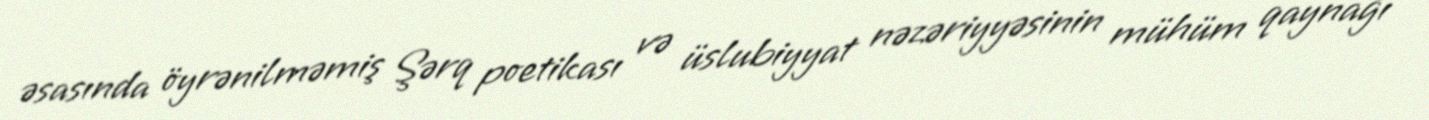
əsasında öyrənilməmiş Şərq poetikası və üslubiyyat nəzəriyyəsinin mühüm qaynağı